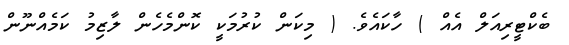
ބެކްޓީރިއަލް އެއް ) ހާކައެވެ. ( މިކަން ކުރުމަކީ ކޮންމެހެން ލާޒިމު ކަމެއްނޫން